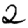
Digit: 2